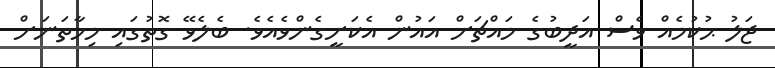
ޖަލު ޙުކުމެއް ވެސް އަދީބުގެ މައްޗަށް އައުން އެކަށީގެންވެއެވެ. ބެލެވޭ ގޮތުގައި މިހާތަނަށް